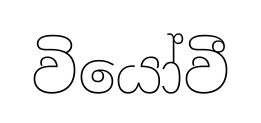
වියෝවී